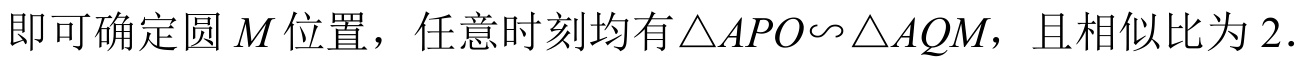
即可确定圆\(M\)位置，任意时刻均有\(\triangle APO\sim\triangle AQM\)，且相似比为\(2\)．